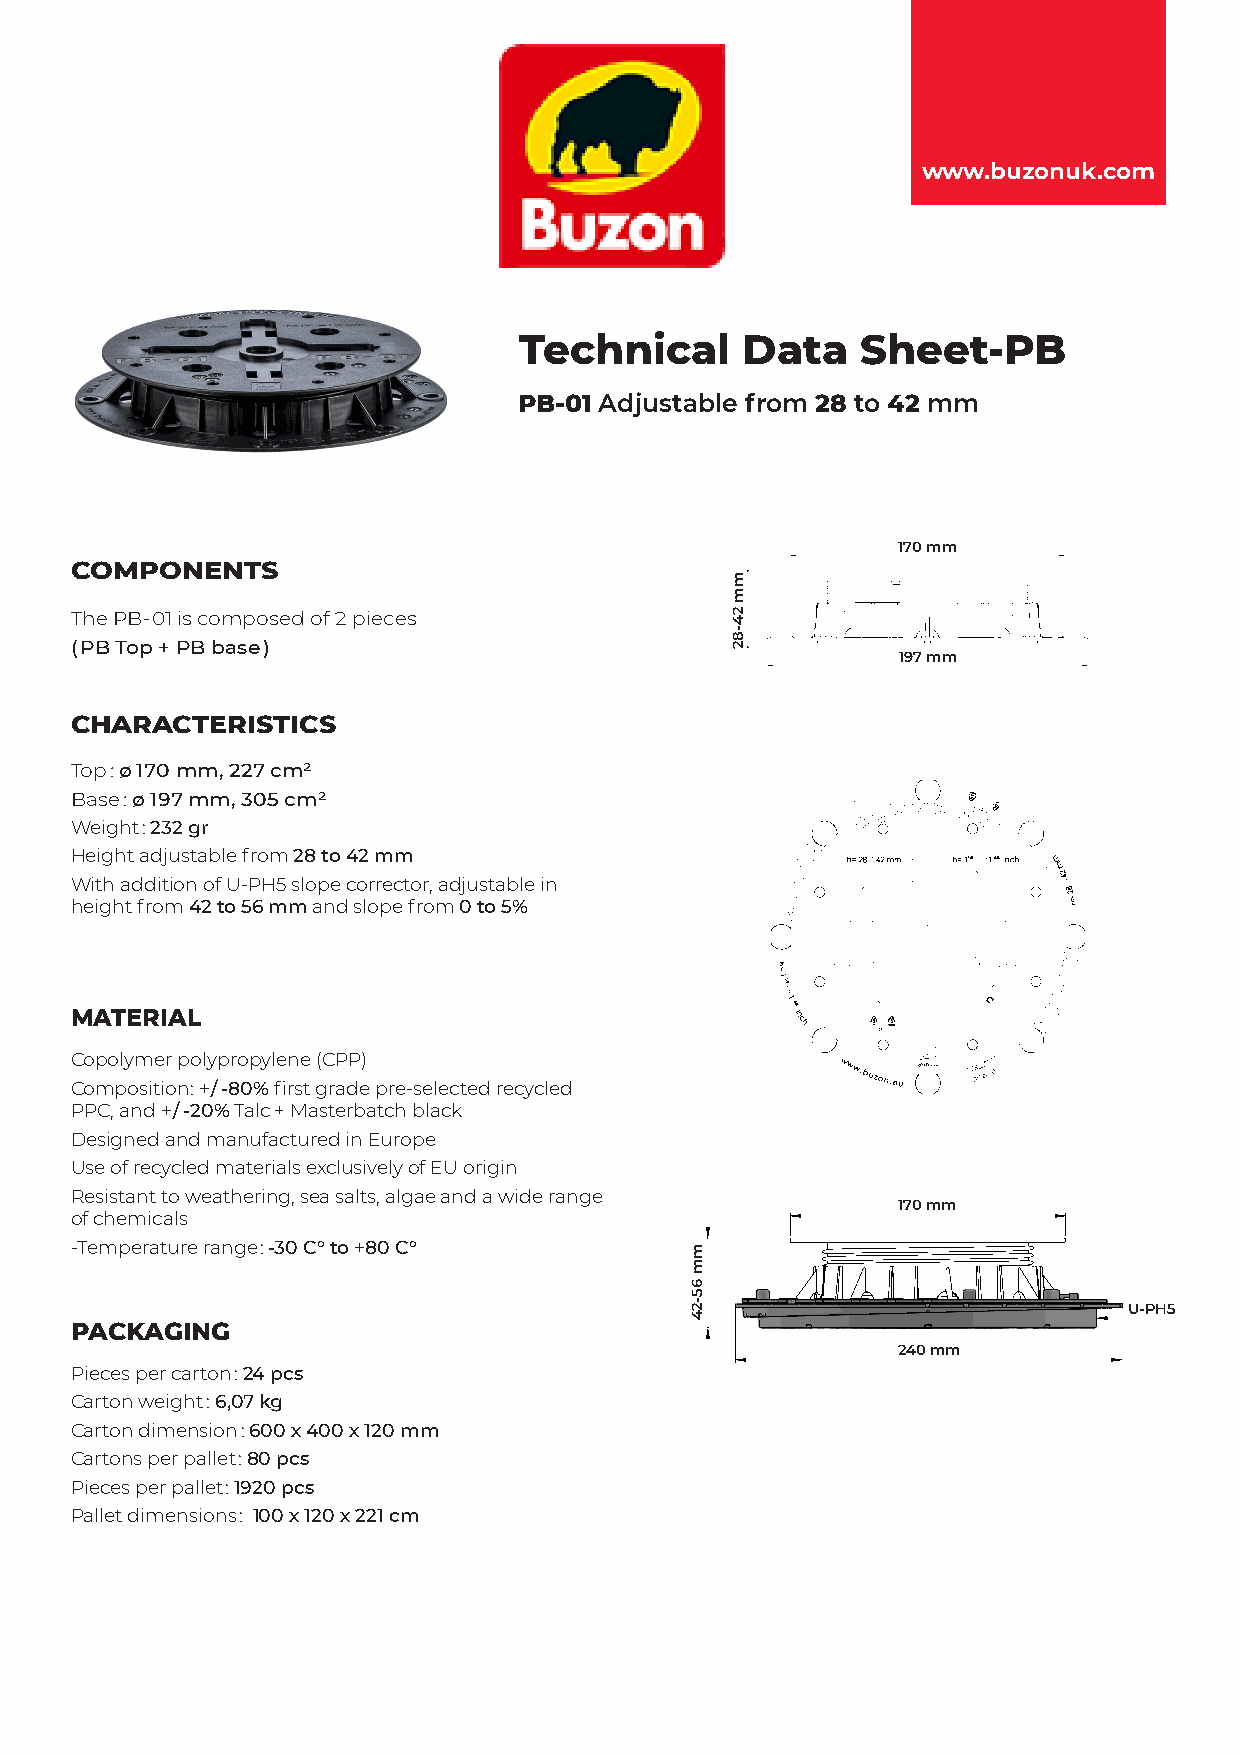
www.buzonuk.com
 Technical      Data    Sheet-PB
 PB-01 Adjustable from 28 to 42 mm
 170 mm
 COMPONENTS
 The PB-01 is composed of 2 pieces
 ( PB Top + PB base )
 197 mm
 CHARACTERISTICS
 Top : ø 170 mm, 227 cm²
 Base : ø 197 mm, 305 cm²
 Weight : 232 gr
 Height adjustable from 28 to 42 mm
 With addition of U-PH5 slope corrector, adjustable in
 height from 42 to 56 mm and slope from 0 to 5%
 MATERIAL
 Copolymer polypropylene (CPP)
 Composition: + / -80% first grade pre-selected recycled
 PPC, and + / -20% Talc + Masterbatch black
 Designed and manufactured in Europe
 Use of recycled materials exclusively of EU origin
 Resistant to weathering, sea salts, algae and a wide range
 170 mm
 of chemicals
 -Temperature range: -30 C° to +80 C°
 U-PH5
 PACKAGING
 240 mm
 Pieces per carton : 24 pcs
 Carton weight : 6,07 kg
 Carton dimension : 600 x 400 x 120 mm
 Cartons per pallet : 80 pcs
 Pieces per pallet : 1920 pcs
 Pallet dimensions : 100 x 120 x 221 cm
 mm
 65-24
 mm
 24-82